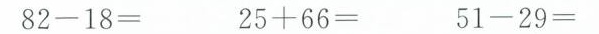
82-18= 25+66= 51-29=